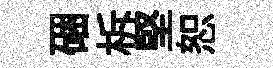
硱柝堅恕